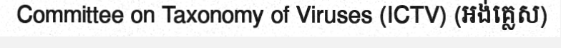
Committee on Taxonomy of Viruses (ICTV) (អង់គ្លេស)